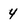
Character: 4